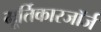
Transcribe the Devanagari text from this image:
मूर्तिकारजॉर्ज